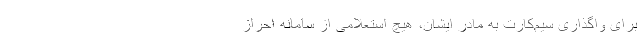
برای واگذاری سیم‌کارت به مادر ایشان، هیچ استعلامی از سامانه احراز